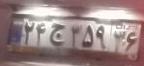
۲۴ج۳۵۹۳۶